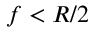
f < R / 2